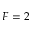
F = 2